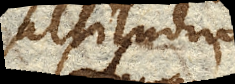
altitudine